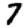
Digit: 7